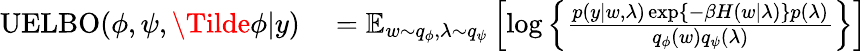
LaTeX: \begin{array}{rl}{\operatorname{UELBO}(\phi,\psi,\Tilde{\phi}|y)}&{{}=\operatorname{\mathbb{E}}_{w\sim q_{\phi},\lambda\sim q_{\psi}}\left[\log\left\{ \frac{p(y|w,\lambda)\exp\left\{ -\beta H(w|\lambda)\right\} p(\lambda)}{q_{\phi}(w)q_{\psi}(\lambda)}\right\} \right]}\end{array}